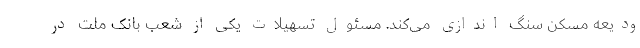
ودیعه مسکن سنگ اندازی می‌کند. مسئول تسهیلات یکی از شعب بانک ملت در